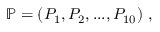
{ \mathbb { P } } = ( P _ { 1 } , P _ { 2 } , . . . , P _ { 1 0 } ) \ ,